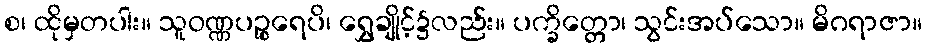
စ၊ ထိုမှတပါး။ သူဝဏ္ဏပဉ္စရေပိ၊ ရွှေချိုင့်၌လည်း။ ပက္ခိတ္တော၊ သွင်းအပ်သော။ မိဂရာဇာ။